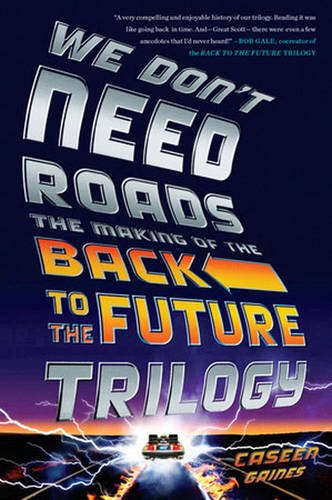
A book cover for We Don't Need Roads: The Making of the Back to the Future Trilogy; Caseen Gaines; Humor & Entertainment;